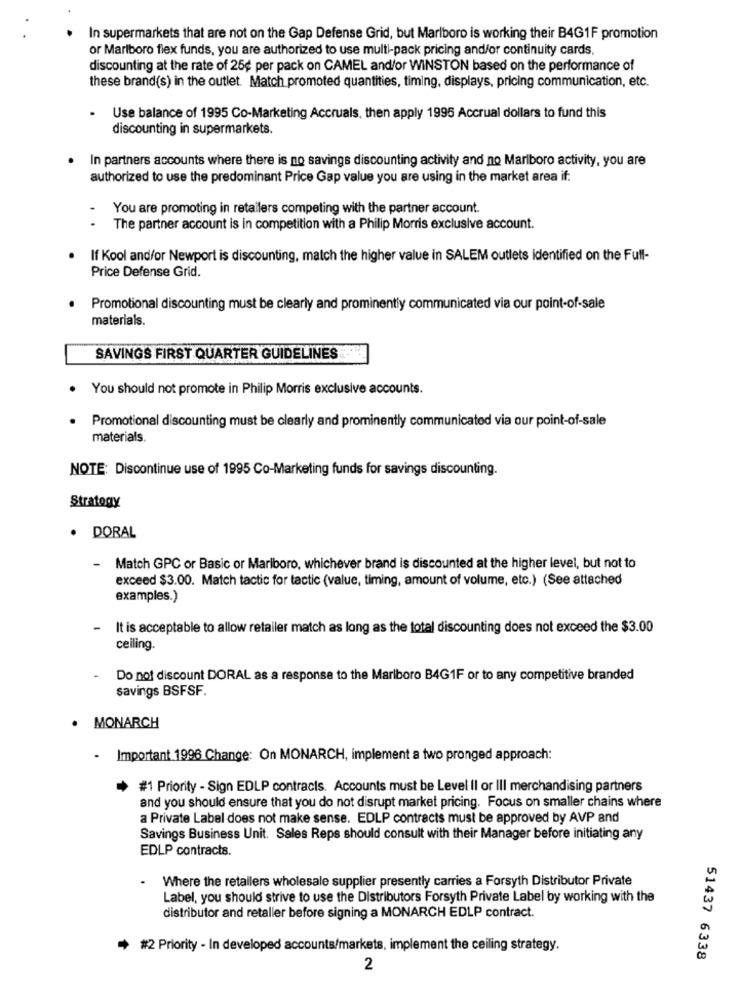
In supermarkets that are not on the Gap Defense Grid, but Marlboro is working their B4G1F promotion
or Marlboro fiex funds, you are authorized to use multi-pack pricing and/or continuity cards,
discounting at the rate of 25¢ per pack on CAMEL and/or WINSTON based on the performance of
these brand(s) in the outlet. Match promoted quantities, timing, displays, pricing communication, etc.
.
Use balance of 1995 Co-Marketing Accruals, then apply 1995 Accrual dollars to fund this
discounting in supermarkets.
In partners accounts where there is no savings discounting activity and no Marlboro activity, you are
authorized to use the predominant Price Gap value you are using in the market area if:
You are promoting in retailers competing with the partner account.
The partner account is in competition with a Philip Morris exclusive account.
If Kool and/or Newport is discounting, match the higher value in SALEM outlets identified on the Full-
Price Defense Grid.
Promotional discounting must be clearly and prominently communicated via our point-of-sale
materials.
SAVINGS FIRST QUARTER GUIDELINES
You should not promote in Philip Morris exclusive accounts.
. Promotional discounting must be clearly and prominently communicated via our point-of-sale
materials.
NOTE: Discontinue use of 1995 Co-Marketing funds for savings discounting.
Stratogy
. DORAL
-
Match GPC or Basic or Mariboro, whichever brand is discounted at the higher level, but not to
exceed $3.00. Match tactic for tactic (value, timing, amount of volume, etc.) (See attached
examples.)
-
It is acceptable to allow retailer match as long as the total discounting does not exceed the $3.00
ceiling.
-
Do not discount DORAL as a response to the Marlboro B4G1F or to any competitive branded
savings BSFSF.
. MONARCH
- Important 1996 Change: On MONARCH, implement a two pronged approach:
+ #1 Priority - Sign EDLP contracts. Accounts must be Level Il or III merchandising partners
and you should ensure that you do not disrupt market pricing. Focus on smaller chains where
a Private Label does not make sense. EDLP contracts must be approved by AVP and
Savings Business Unit. Sales Reps should consult with their Manager before initiating any
EDLP contracts.
Where the retailers wholesale supplier presently carries a Forsyth Distributor Private
Label, you should strive to use the Distributors Forsyth Private Label by working with the
distributor and retaller before signing a MONARCH EDLP contract.
#2 Priority - In developed accounts/markets, implement the ceiling strategy.
51437 6338
2